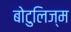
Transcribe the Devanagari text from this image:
बोटुलिज्म